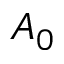
A _ { 0 }